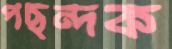
পছন্দক